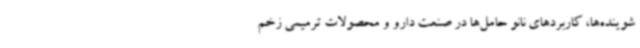
شوینده‌ها، کاربردهای نانو حامل‌ها در صنعت دارو و محصولات ترمیمی زخم